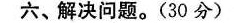
六、解决问题。(30分)